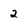
Character: 2